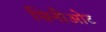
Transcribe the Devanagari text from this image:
चिनीओट